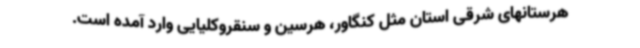
هرستانهای شرقی استان مثل کنگاور، هرسین و سنقروکلیایی وارد آمده است.